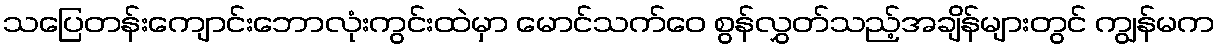
သပြေတန်းကျောင်းဘောလုံးကွင်းထဲမှာ မောင်သက်ဝေ စွန်လွှတ်သည့်အချိန်များတွင် ကျွန်မက